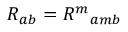
R _ { a b } = { R ^ { m } } _ { a m b }